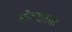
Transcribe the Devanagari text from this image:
स्वेच्छाचा